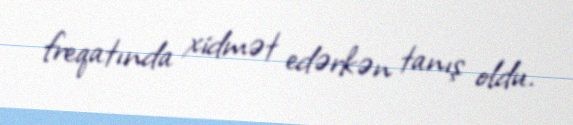
freqatında xidmət edərkən tanış oldu.